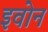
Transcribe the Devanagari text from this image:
इवोन